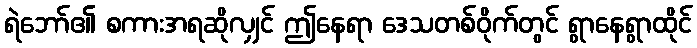
ရဲဘော်၏ စကားအရဆိုလျှင် ဤနေရာ ဒေသတစ်ဝိုက်တွင် ရွာနေရွာထိုင်